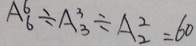
A ^ { 6 } _ { 6 } \div A ^ { 3 } _ { 3 } \div A ^ { 2 } _ { 2 } = 6 0